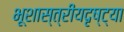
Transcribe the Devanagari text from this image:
भूशास्त्रीयदृष्ट्या